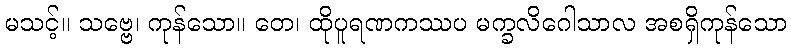
မသင့်။ သဗ္ဗေ၊ ကုန်သော။ တေ၊ ထိုပူရဏကဿပ မက္ခလိဂေါသာလ အစရှိကုန်သော